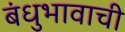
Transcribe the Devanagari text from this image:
बंधुभावाची